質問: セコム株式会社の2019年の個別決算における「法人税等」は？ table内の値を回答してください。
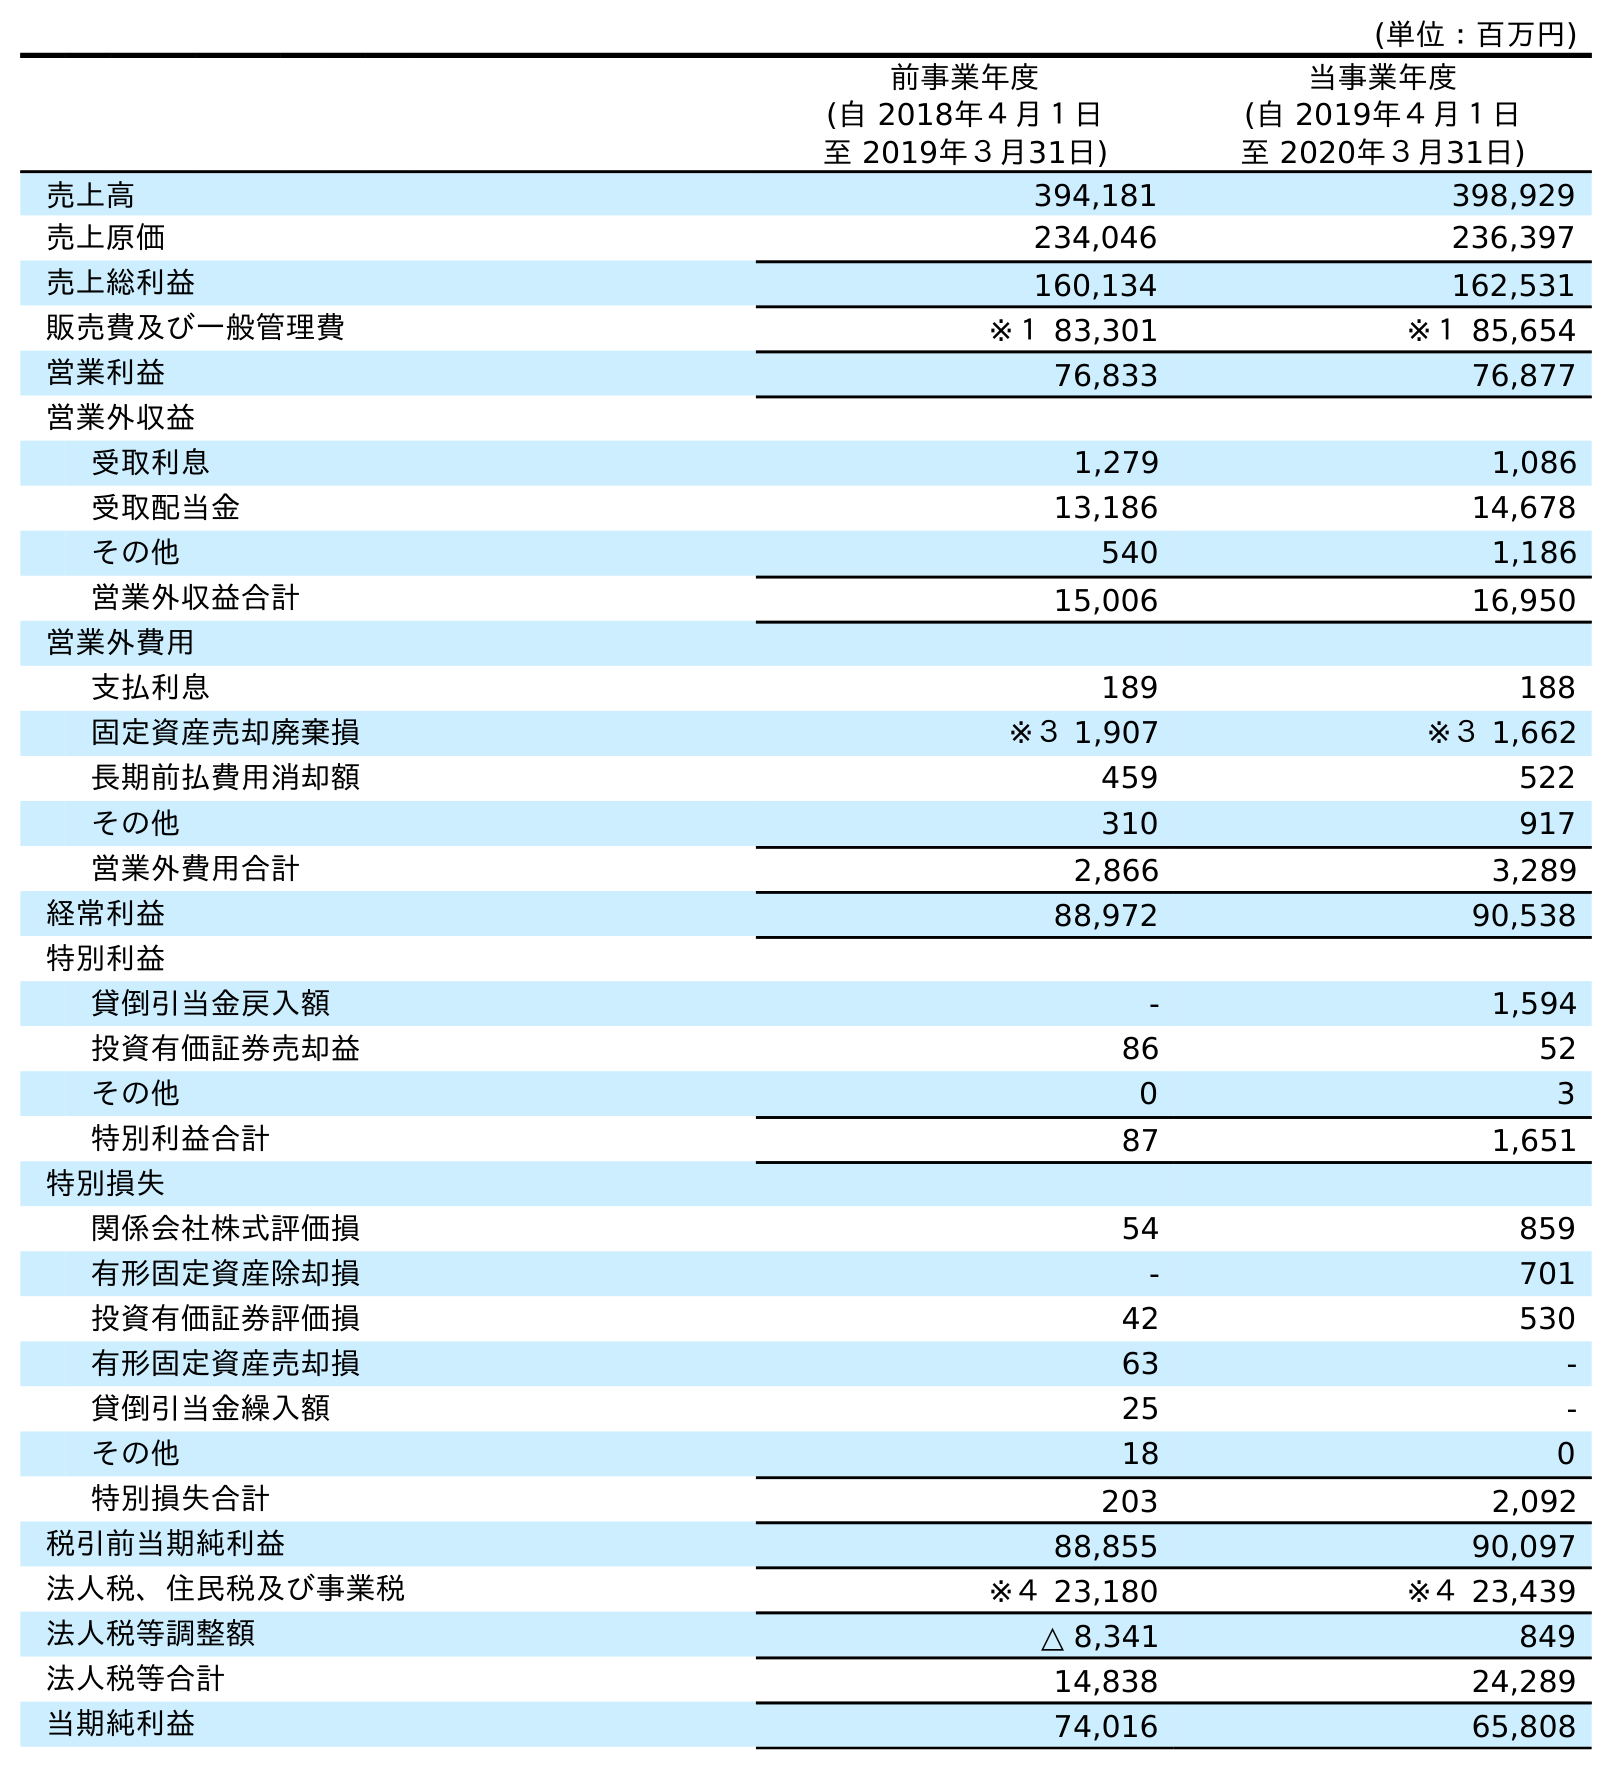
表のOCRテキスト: (単位：百万円) 前事業年度 (自 2018年４月１日 至 2019年３月31日) 当事業年度 (自 2019年４月１日 至 2020年３月31日) 売上高 394,181 398,929 売上原価 234,046 236,397 売上総利益 160,134 162,531 販売費及び一般管理費 ※１ 83,301 ※１ 85,654 営業利益 76,833 76,877 営業外収益 受取利息 1,279 1,086 受取配当金 13,186 14,678 その他 540 1,186 営業外収益合計 15,006 16,950 営業外費用 支払利息 189 188 固定資産売却廃棄損 ※３ 1,907 ※３ 1,662 長期前払費用消却額 459 522 その他 310 917 営業外費用合計 2,866 3,289 経常利益 88,972 90,538 特別利益 貸倒引当金戻入額 - 1,594 投資有価証券売却益 86 52 その他 0 3 特別利益合計 87 1,651 特別損失 関係会社株式評価損 54 859 有形固定資産除却損 - 701 投資有価証券評価損 42 530 有形固定資産売却損 63 - 貸倒引当金繰入額 25 - その他 18 0 特別損失合計 203 2,092 税引前当期純利益 88,855 90,097 法人税、住民税及び事業税 ※４ 23,180 ※４ 23,439 法人税等調整額 △ 8,341 849 法人税等合計 14,838 24,289 当期純利益 74,016 65,808
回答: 14,838